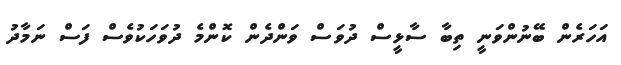
އަހަރެން ބޭނުންވަނީ ތިބާ ސާޅީސް ދުވަސް ވަންދެން ކޮންމެ ދުވަހަކުވެސް ފަސް ނަމާދު